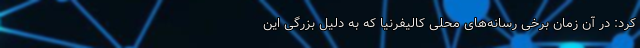
کرد: در آن زمان برخی رسانه‌های محلی کالیفرنیا که به دلیل بزرگی این